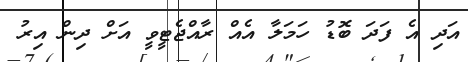
އަދި އެ ފަދަ ބޮޑު ހަމަލާ އެއް ރާއްޖެޓީވީ އަށް ދިން އިރު